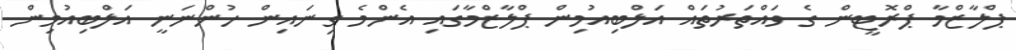
ޕްލާޒްމާ ޕްރޮޓީން ގެ ވައްތަރުތައް އަލްބިއުމިން ޕްލާޒްމާގައި އެންމެ ގިނައިން ހުންނަނީ އަލްބިއުމިން